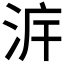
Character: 𣴔